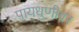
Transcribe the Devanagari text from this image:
पायधुणीवर